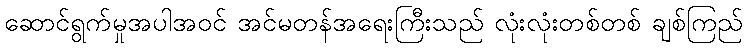
ဆောင်ရွက်မှုအပါအဝင် အင်မတန်အရေးကြီးသည် လုံးလုံးတစ်တစ် ချစ်ကြည်